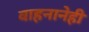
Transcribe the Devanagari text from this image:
वाहनानेही